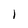
Character: 1